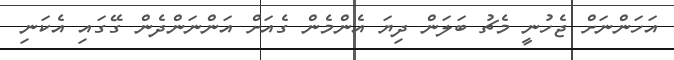
އަހަންނަށް ޖެހުނީ މެޗު ބަލަން ދިޔަ އެންމެން ގެއަށް އަންނަންދެން ގޭގައި އެކަނި